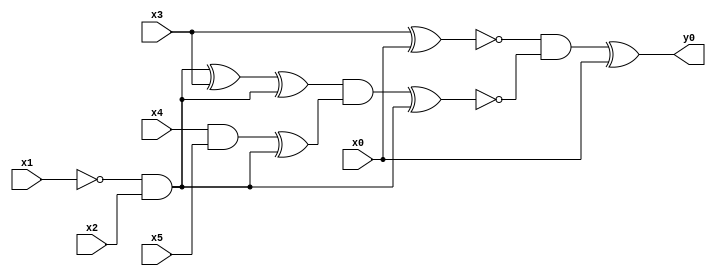
module top( x0 , x1 , x2 , x3 , x4 , x5 , y0 );
  input x0 , x1 , x2 , x3 , x4 , x5 ;
  output y0 ;
  wire n7 , n8 , n9 , n10 , n11 , n12 , n13 , n14 , n15 , n16 ;
  assign n7 = x3 ^ x0 ;
  assign n8 = ~x1 & x2 ;
  assign n9 = n8 ^ x3 ;
  assign n10 = n9 ^ n8 ;
  assign n11 = x4 & x5 ;
  assign n12 = n11 ^ n8 ;
  assign n13 = n10 & n12 ;
  assign n14 = n13 ^ n8 ;
  assign n15 = ~n7 & ~n14 ;
  assign n16 = n15 ^ x0 ;
  assign y0 = n16 ;
endmodule